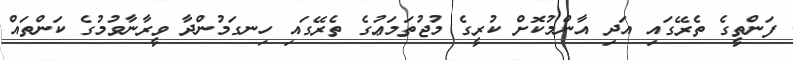
ފަންތީގެ ތެރޭގައި އަދި އާންމުކޮށް ކުރީގެ މުޖުތަމަޢުގެ ތެރޭގައި ހިނގަމުންދާ ވީރާނާވުމުގެ ކަންތައް